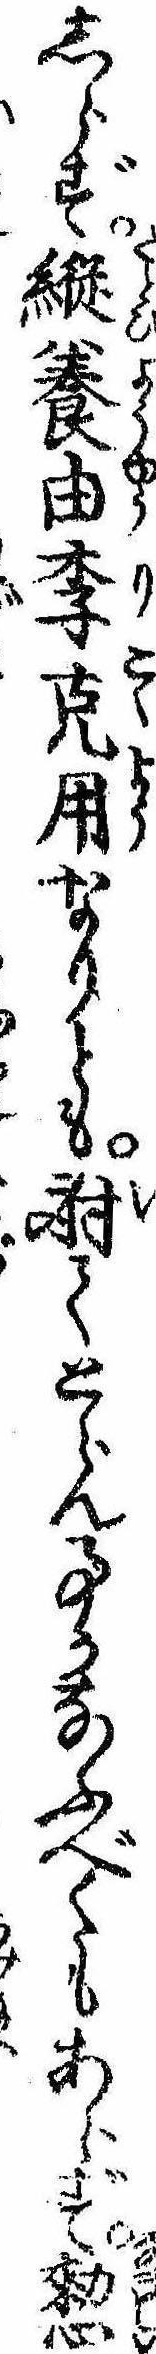
しらず縦養由李克用なりとも射てとらん事かなふべくもあらず憖